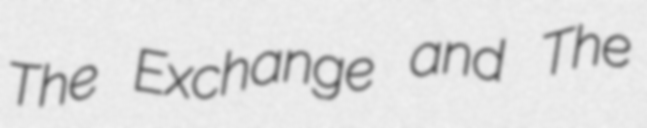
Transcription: The Exchange and The